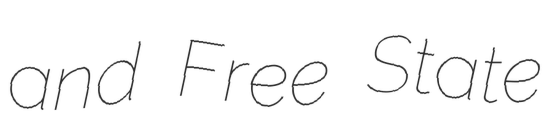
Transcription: and Free State